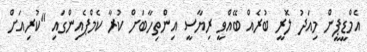
އެމްޑީޕީން މިއަދު ލޮރީ ބުރެއް ބޭއްވީ ރިޔާސީ އިންތިހާބަށް ކުރާ ކެމްޕެއިންގައި "ކުރިއަށް